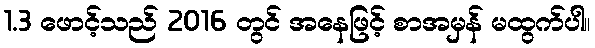
1.3 ဖောင့်သည် 2016 တွင် အနေဖြင့် စာအမှန် မထွက်ပါ။